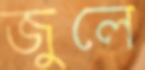
জুলে